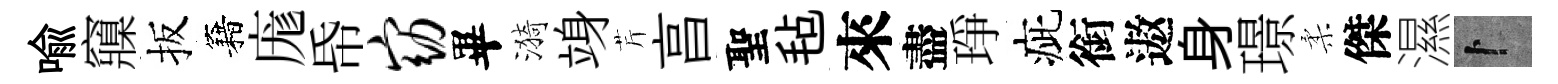
喻䆿扳籍庬帋窈畢漪竧芹亯聖毡來盡琤疵銜遨身璟柔傑濕卜